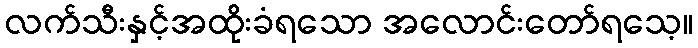
လက်သီးနှင့်အထိုးခံရသော အလောင်းတော်ရသေ့။